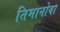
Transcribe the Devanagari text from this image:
तिमानोवा